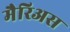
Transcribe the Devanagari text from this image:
मैरिअस